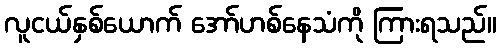
လူငယ်နှစ်ယောက် အော်ဟစ်နေသံကို ကြားရသည်။